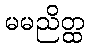
မမညိတ္ထ